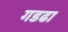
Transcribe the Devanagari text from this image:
गडढा